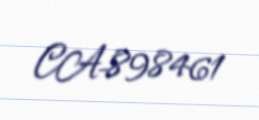
CA-898461